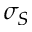
\sigma _ { S }